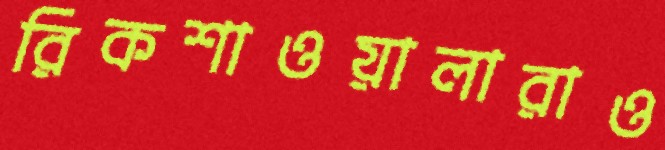
রিকশাওয়ালারাও